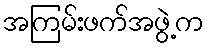
အကြမ်းဖက်အဖွဲ့က